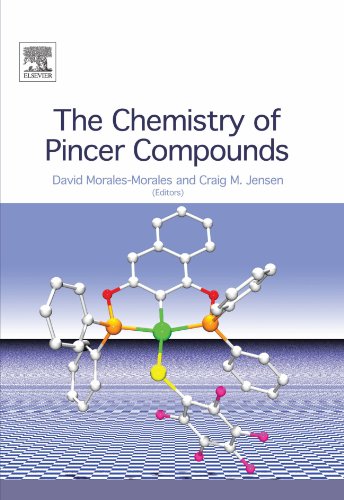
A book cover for The Chemistry of Pincer Compounds; Science & Math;